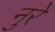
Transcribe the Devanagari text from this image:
नुरे